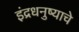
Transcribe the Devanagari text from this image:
इंद्रधनुष्याचे